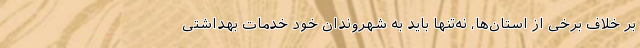
بر خلاف برخی از استان‌ها، نه‌تنها باید به شهروندان خود خدمات بهداشتی